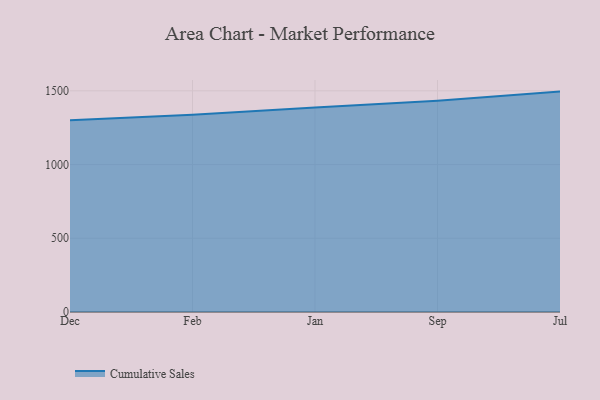
{"axis": {"x": "Month", "y": "Market Share (%)"}, "legend": ["Cumulative Sales"], "data": [{"x": "Dec", "y": 1300.5, "type": "Cumulative Sales"}, {"x": "Feb", "y": 1338.0, "type": "Cumulative Sales"}, {"x": "Jan", "y": 1386.2, "type": "Cumulative Sales"}, {"x": "Sep", "y": 1433.1, "type": "Cumulative Sales"}, {"x": "Jul", "y": 1494.7, "type": "Cumulative Sales"}]}